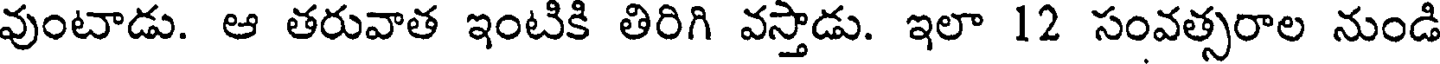
వుంటాడు. ఆ తరువాత ఇంటికి తిరిగి వస్తాడు. ఇలా 12 సంవత్సరాల నుండి